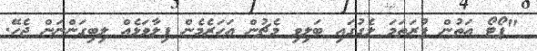
"ޕޯޓޯ އަތުން ފުރަތަމަ ލެގުގައި ބަލިވި މެޗުން އަހަރެެމެން ފިލާވަޅެއް ލިބިގަންނަން ޖެހޭ.